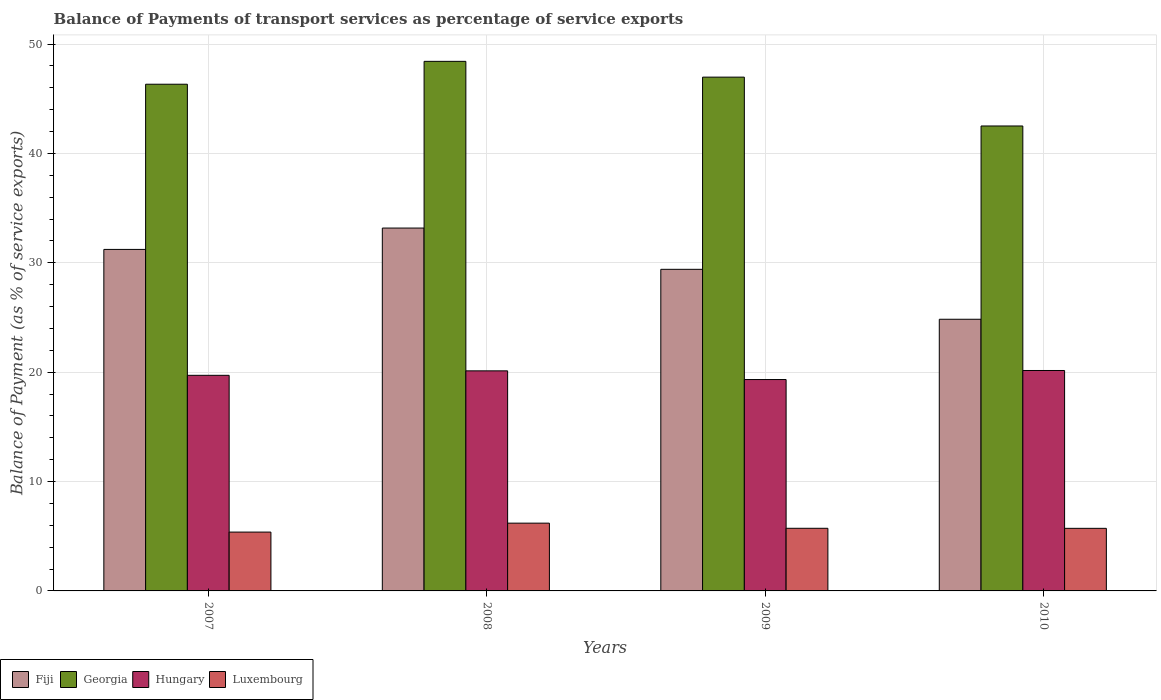
| Years | Fiji | Georgia | Hungary | Luxembourg |
 | --- | --- | --- | --- | --- |
 | 2007 | 31.2 | 46.3 | 19.7 | 5.38 |
 | 2008 | 33.2 | 48.4 | 20.1 | 6.2 |
 | 2009 | 29.4 | 47 | 19.3 | 5.73 |
 | 2010 | 24.8 | 42.5 | 20.2 | 5.72 |